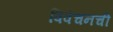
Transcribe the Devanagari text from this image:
विवेचनची